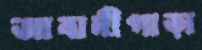
আবাদীপাড়া